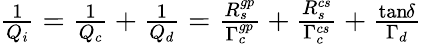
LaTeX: \begin{array}{r}{\frac{1}{Q_{i}}=\frac{1}{Q_{c}}+\frac{1}{Q_{d}}=\frac{R_{s}^{gp}}{\Gamma_{c}^{gp}}+\frac{R_{s}^{cs}}{\Gamma_{c}^{cs}}+\frac{\tan\! \delta}{\Gamma_{d}}}\end{array}